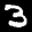
Label: 3